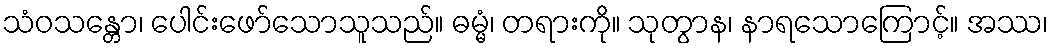
သံဝသန္တော၊ ပေါင်းဖော်သောသူသည်။ ဓမ္မံ၊ တရားကို။ သုတွာန၊ နာရသောကြောင့်။ အဿ၊